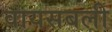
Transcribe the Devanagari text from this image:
वायसबली